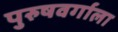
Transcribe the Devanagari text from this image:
पुरुषवर्गाला